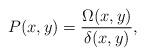
LaTeX: \begin{align*}P(x,y)=\dfrac{\Omega(x,y)}{\delta(x,y)},\end{align*}